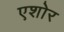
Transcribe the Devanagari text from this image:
एशोर